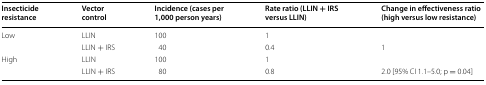
<table><thead><tr><td><b>Insecticide resistance</b></td><td><b>Vector control</b></td><td><b>Incidence (cases per 1,000 person years)</b></td><td><b>Rate ratio (LLIN + IRS versus LLIN)</b></td><td><b>Change in effectiveness ratio (high versus low resistance)</b></td></tr></thead><tbody><tr><td rowspan="2">Low</td><td>LLIN</td><td>100</td><td>1</td><td></td></tr><tr><td>LLIN + IRS</td><td>40</td><td>0.4</td><td>1</td></tr><tr><td rowspan="2">High</td><td>LLIN</td><td>100</td><td>1</td><td></td></tr><tr><td>LLIN + IRS</td><td>80</td><td>0.8</td><td>2.0 [95% CI 1.1–5.0; p = 0.04]</td></tr></tbody></table>